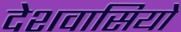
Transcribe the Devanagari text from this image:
देशवासियो